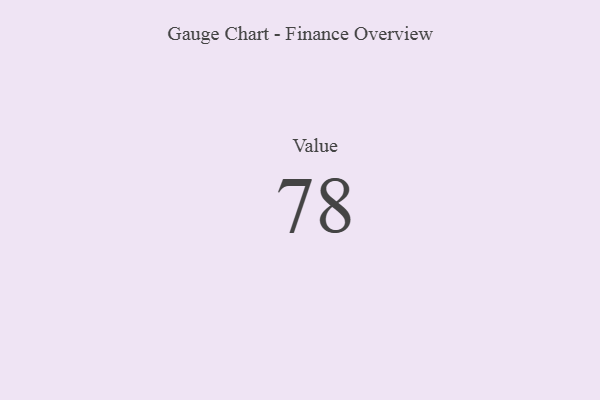
{"axis": {"x": "Metric", "y": "Value"}, "legend": [""], "data": [{"x": "Value", "y": 78, "type": ""}]}